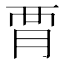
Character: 𧟩